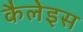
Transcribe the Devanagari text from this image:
कैलेइस